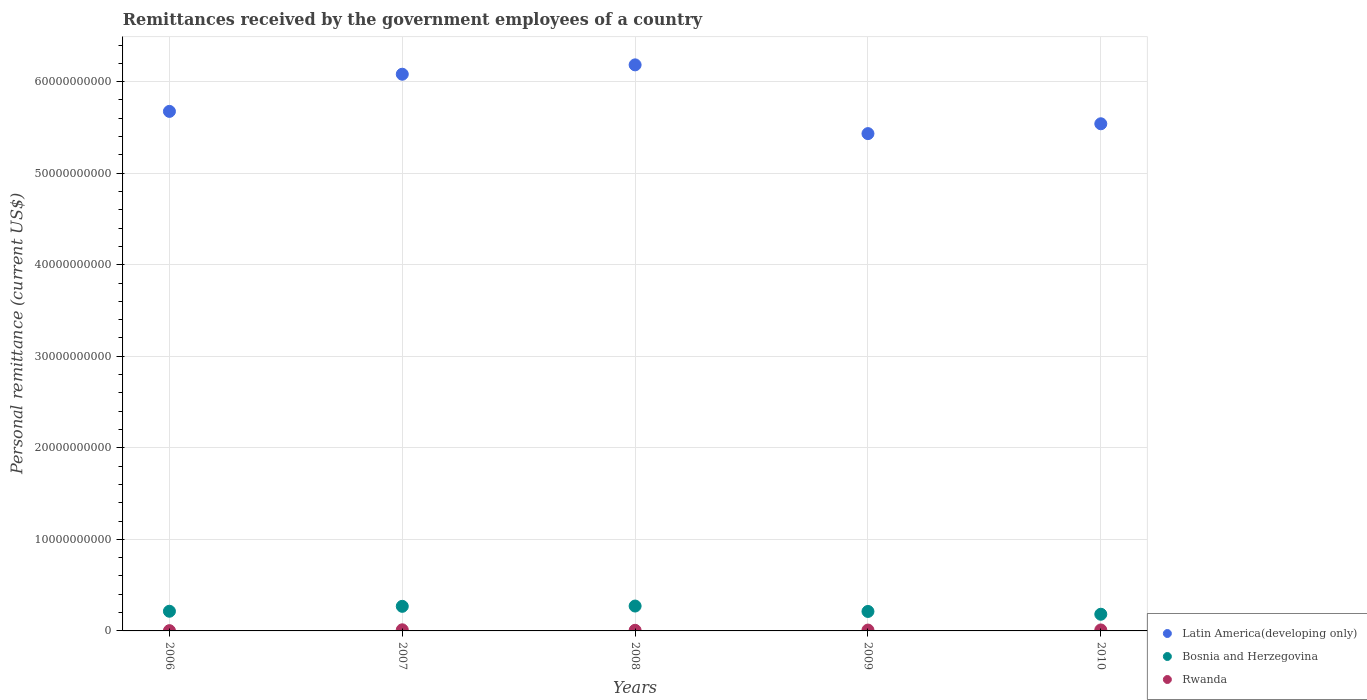
| Years | Latin America(developing only) | Bosnia and Herzegovina | Rwanda |
 | --- | --- | --- | --- |
 | 2006 | 5.68e+10 | 2.15e+09 | 2.9e+07 |
 | 2007 | 6.08e+10 | 2.69e+09 | 1.21e+08 |
 | 2008 | 6.18e+10 | 2.72e+09 | 6.78e+07 |
 | 2009 | 5.43e+10 | 2.13e+09 | 9.26e+07 |
 | 2010 | 5.54e+10 | 1.82e+09 | 1.06e+08 |